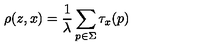
\rho ( z , x ) = \frac { 1 } { \lambda } \sum _ { p \in \Sigma } \tau _ { x } ( p )